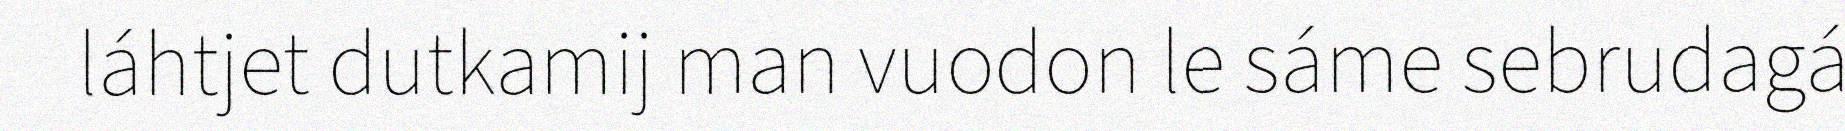
láhtjet dutkamij man vuodon le sáme sebrudagá